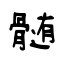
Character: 髄